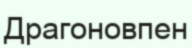
Драгоновпен